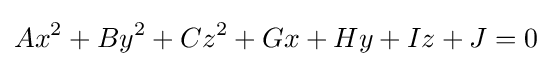
Ax^{2}+By^{2}+Cz^{2}+Gx+Hy+Iz+J=0